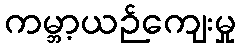
ကမ္ဘာ့ယဉ်ကျေးမှု